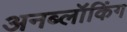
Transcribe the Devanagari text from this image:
अनब्लॉकिंग